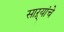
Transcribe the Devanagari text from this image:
साऱ्यांचे